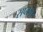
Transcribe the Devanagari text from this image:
सप्तम।